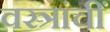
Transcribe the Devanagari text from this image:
वस्त्रांचीं